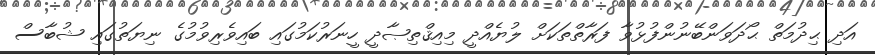
އަދި ޙިދުމަތް ޙޯދަވަންބޭނުންފުޅުވާ ފަރާތްތަކަށް ލުޔެއްދީ މިއިޤްތިޞާދީ ހީނަރުކަމުގައި ބައިވެެރިވުމުގެ ނިޔަތުގައި ޝުބާސް